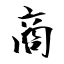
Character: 商